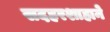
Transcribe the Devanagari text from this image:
सदहरशाहाने